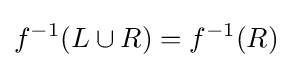
f^{-1}(L\cup R)=f^{-1}(R)